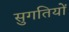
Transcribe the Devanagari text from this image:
सुगतियों